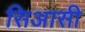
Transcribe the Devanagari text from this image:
सिआसी